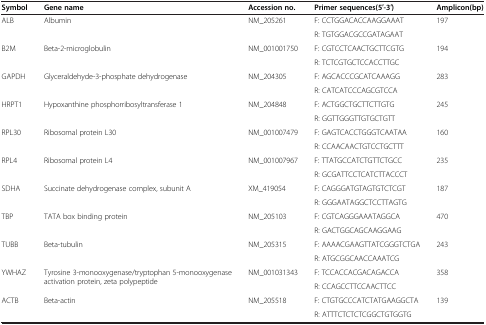
<table><thead><tr><td><b>Symbol</b></td><td><b>Gene name</b></td><td><b>Accession no.</b></td><td><b>Primer sequences(5′-3′)</b></td><td><b>Amplicon(bp)</b></td></tr></thead><tbody><tr><td rowspan="2">ALB</td><td rowspan="2">Albumin</td><td rowspan="2">NM_205261</td><td>F: CCTGGACACCAAGGAAAT</td><td rowspan="2">197</td></tr><tr><td>R: TGTGGACGCCGATAGAAT</td></tr><tr><td rowspan="2">B2M</td><td rowspan="2">Beta-2-microglobulin</td><td rowspan="2">NM_001001750</td><td>F: CGTCCTCAACTGCTTCGTG</td><td rowspan="2">194</td></tr><tr><td>R: TCTCGTGCTCCACCTTGC</td></tr><tr><td rowspan="2">GAPDH</td><td rowspan="2">Glyceraldehyde-3-phosphate dehydrogenase</td><td rowspan="2">NM_204305</td><td>F: AGCACCCGCATCAAAGG</td><td rowspan="2">283</td></tr><tr><td>R: CATCATCCCAGCGTCCA</td></tr><tr><td rowspan="2">HRPT1</td><td rowspan="2">Hypoxanthine phosphorribosyltransferase 1</td><td rowspan="2">NM_204848</td><td>F: ACTGGCTGCTTCTTGTG</td><td rowspan="2">245</td></tr><tr><td>R: GGTTGGGTTGTGCTGTT</td></tr><tr><td rowspan="2">RPL30</td><td rowspan="2">Ribosomal protein L30</td><td rowspan="2">NM_001007479</td><td>F: GAGTCACCTGGGTCAATAA</td><td rowspan="2">160</td></tr><tr><td>R: CCAACAACTGTCCTGCTTT</td></tr><tr><td rowspan="2">RPL4</td><td rowspan="2">Ribosomal protein L4</td><td rowspan="2">NM_001007967</td><td>F: TTATGCCATCTGTTCTGCC</td><td rowspan="2">235</td></tr><tr><td>R: GCGATTCCTCATCTTACCCT</td></tr><tr><td rowspan="2">SDHA</td><td rowspan="2">Succinate dehydrogenase complex, subunit A</td><td rowspan="2">XM_419054</td><td>F: CAGGGATGTAGTGTCTCGT</td><td rowspan="2">187</td></tr><tr><td>R: GGGAATAGGCTCCTTAGTG</td></tr><tr><td rowspan="2">TBP</td><td rowspan="2">TATA box binding protein</td><td rowspan="2">NM_205103</td><td>F: CGTCAGGGAAATAGGCA</td><td rowspan="2">470</td></tr><tr><td>R: GACTGGCAGCAAGGAAG</td></tr><tr><td rowspan="2">TUBB</td><td rowspan="2">Beta-tubulin</td><td rowspan="2">NM_205315</td><td>F: AAAACGAAGTTATCGGGTCTGA</td><td rowspan="2">243</td></tr><tr><td>R: ATGCGGCAACCAAATCG</td></tr><tr><td rowspan="2">YWHAZ</td><td rowspan="2">Tyrosine 3-monooxygenase/tryptophan 5-monooxygenase activation protein, zeta polypeptide</td><td rowspan="2">NM_001031343</td><td>F: TCCACCACGACAGACCA</td><td rowspan="2">358</td></tr><tr><td>R: CCAGCCTTCCAACTTCC</td></tr><tr><td rowspan="2">ACTB</td><td rowspan="2">Beta-actin</td><td rowspan="2">NM_205518</td><td>F: CTGTGCCCATCTATGAAGGCTA</td><td rowspan="2">139</td></tr><tr><td>R: ATTTCTCTCTCGGCTGTGGTG</td></tr></tbody></table>